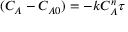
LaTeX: ( C _ { A } - C _ { A 0 } ) = - k C _ { A } ^ { n } \tau